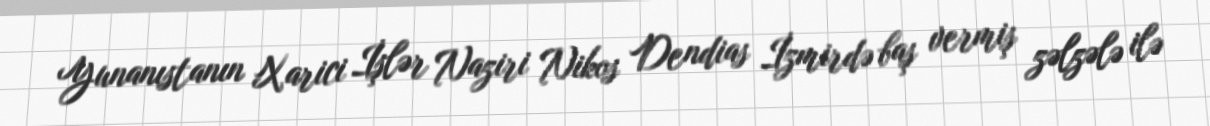
Yunanıstanın Xarici İşlər Naziri Nikos Dendias İzmirdə baş vermiş zəlzələ ilə